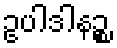
ဥပါဒါနဉ္စ